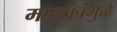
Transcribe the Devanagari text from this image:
मानकांमुळे